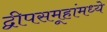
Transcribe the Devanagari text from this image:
द्वीपसमूहांमध्ये